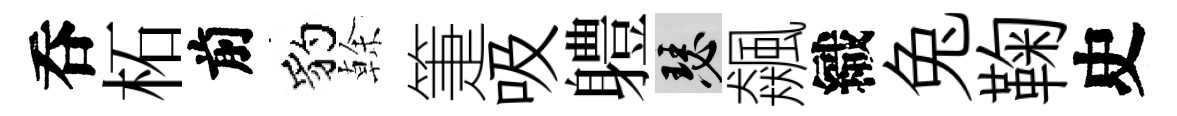
呑柘前豹𠏉箑吸軆瑟飆織兔鞠史